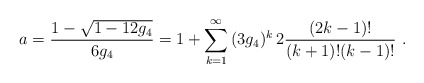
\begin{align*}a= \frac{1-\sqrt{1-12g_4}}{6g_4}=1+\sum_{k=1}^{\infty}\,(3g_4)^k\, 2 \frac{(2k-1)!}{(k+1)!(k-1)!} \ .\end{align*}